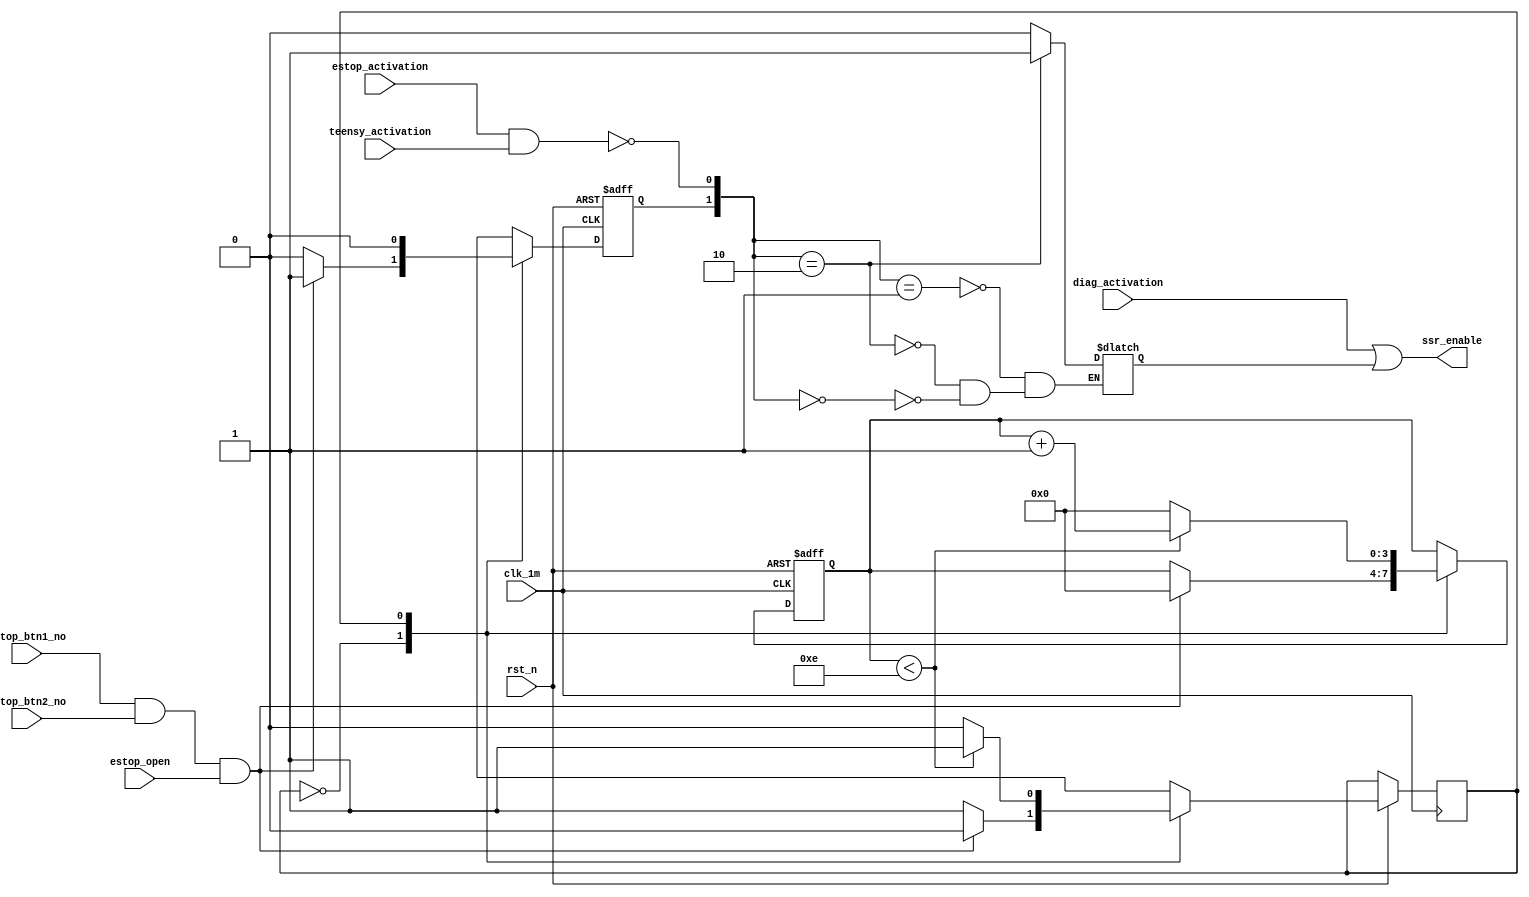
////////////////////////////////////////////////////
//	Description		: Test file for emulation in the DE10-Lite.
//	Revision		: 1.0
//	Hierarchy		:  
//	Last Update		: 19/10/2022 
////////////////////////////////////////////////////

module estop(
	//System signals
	clk_1m,
    rst_n,      	// low active synchronous reset

	//FPGA ESTOP Status
	estop_btn1_no,
	estop_btn2_no,
	//Activation(Close) SSR
	estop_activation,
	diag_activation,
	estop_open,
	teensy_activation,
	ssr_enable
);

input	clk_1m;
input	rst_n;     	// low active synchronous reset

//FPGA ESTOP Status
input		estop_btn1_no;
input		estop_btn2_no;
//Activation(Close) SSR
input		estop_activation;
input		diag_activation;
input		estop_open;
input		teensy_activation;
output		ssr_enable;

wire		delay_in;
reg[3:0]	delay_cnt;
reg			open_ssr;
reg			active_ssr;
wire		close_ssr;
wire		ssr_enable;

assign		delay_in = 	estop_btn1_no & estop_btn2_no & estop_open;

reg state_delay;
parameter
	IDLE_DELAY		= 1'b0,
    ACTIVE_DELAY	= 1'b1;

always @(posedge clk_1m, negedge rst_n)
    if(!rst_n)
	begin
		delay_cnt <= 0;
		open_ssr <= 1'b1;
	end
	else
	begin
		case(state_delay)
			IDLE_DELAY:
			begin
				if(!delay_in)
				begin
					open_ssr <= 1'b0;
					state_delay <= ACTIVE_DELAY;
				end
				else
				begin
					open_ssr <= 1'b1;
					delay_cnt	<= 4'h0;
					state_delay <= IDLE_DELAY;
				end					
			end
			ACTIVE_DELAY:
			begin
				if(delay_cnt < 4'hE)
				begin
					open_ssr <= 1'b0;
					delay_cnt <= delay_cnt + 1;
					state_delay <= ACTIVE_DELAY;
				end
				else
				begin
					open_ssr <= 1'b0;
					delay_cnt	<= 4'h0;
					state_delay <= IDLE_DELAY;
				end					
			end
		endcase
	end

assign close_ssr = !(estop_activation & teensy_activation);
	
always @*
begin
	case({open_ssr, close_ssr})
		2'b01:
			active_ssr = 1'b0;
		2'b10:
			active_ssr = 1'b1;
		2'b00:
			active_ssr = 1'b0;
		2'b10:
			active_ssr = active_ssr;
	endcase
end

assign ssr_enable = diag_activation | active_ssr;		


endmodule